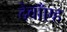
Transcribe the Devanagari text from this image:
देवाँएह